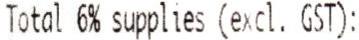
TOTAL 6% SUPPLIES (EXCL. GST):